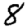
Digit: 8